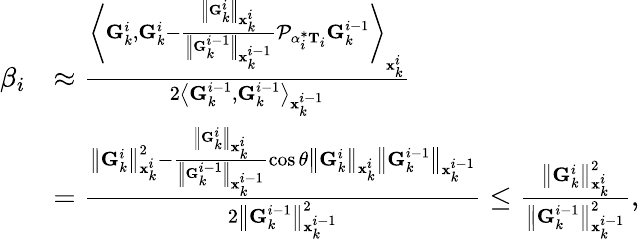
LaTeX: \begin{array}{rl}{\beta_{i}}&{\approx\frac{\left\langle\mathbf{G}_{k}^{i},\mathbf{G}_{k}^{i}-\frac{\left\| \mathbf{G}_{k}^{i}\right\| _{\mathbf{x}_{k}^{i}}}{\left\| \mathbf{G}_{k}^{i-1}\right\| _{\mathbf{x}_{k}^{i-1}}}\mathcal{P}_{\alpha_{i}^{*}\mathbf{T}_{i}}\mathbf{G}_{k}^{i-1}\right\rangle_{\mathbf{x}_{k}^{i}}}{2\left\langle\mathbf{G}_{k}^{i-1},\mathbf{G}_{k}^{i-1}\right\rangle_{\mathbf{x}_{k}^{i-1}}}}\\ &{=\frac{\left\| \mathbf{G}_{k}^{i}\right\| _{\mathbf{x}_{k}^{i}}^{2}-\frac{\left\| \mathbf{G}_{k}^{i}\right\| _{\mathbf{x}_{k}^{i}}}{\left\| \mathbf{G}_{k}^{i-1}\right\| _{\mathbf{x}_{k}^{i-1}}}\cos\theta\left\| \mathbf{G}_{k}^{i}\right\| _{\mathbf{x}_{k}^{i}}\left\| \mathbf{G}_{k}^{i-1}\right\| _{\mathbf{x}_{k}^{i-1}}}{2\left\| \mathbf{G}_{k}^{i-1}\right\| _{\mathbf{x}_{k}^{i-1}}^{2}}\le\frac{\left\| \mathbf{G}_{k}^{i}\right\| _{\mathbf{x}_{k}^{i}}^{2}}{\left\| \mathbf{G}_{k}^{i-1}\right\| _{\mathbf{x}_{k}^{i-1}}^{2}},}\end{array}